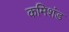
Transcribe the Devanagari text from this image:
कमिशंड